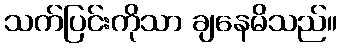
သက်ပြင်းကိုသာ ချနေမိသည်။